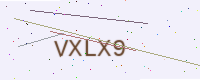
Text: VXLX9